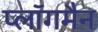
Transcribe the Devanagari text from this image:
प्लॉगमैन